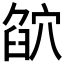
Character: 𥦶